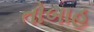
તોબાહ